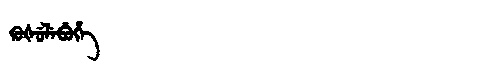
Manchu: ᡴᡠᡧᡠᠯᡝᠪᡠᡥᡝ
Romanization: KUŠULEBUHE